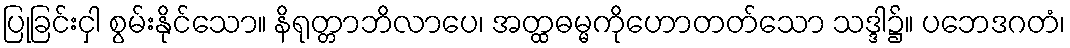
ပြုခြင်းငှါ စွမ်းနိုင်သော။ နိရုတ္တာဘိလာပေ၊ အတ္ထဓမ္မကိုဟောတတ်သော သဒ္ဒါ၌။ ပဘေဒဂတံ၊